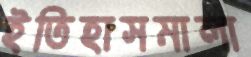
ইতিহাসমালা